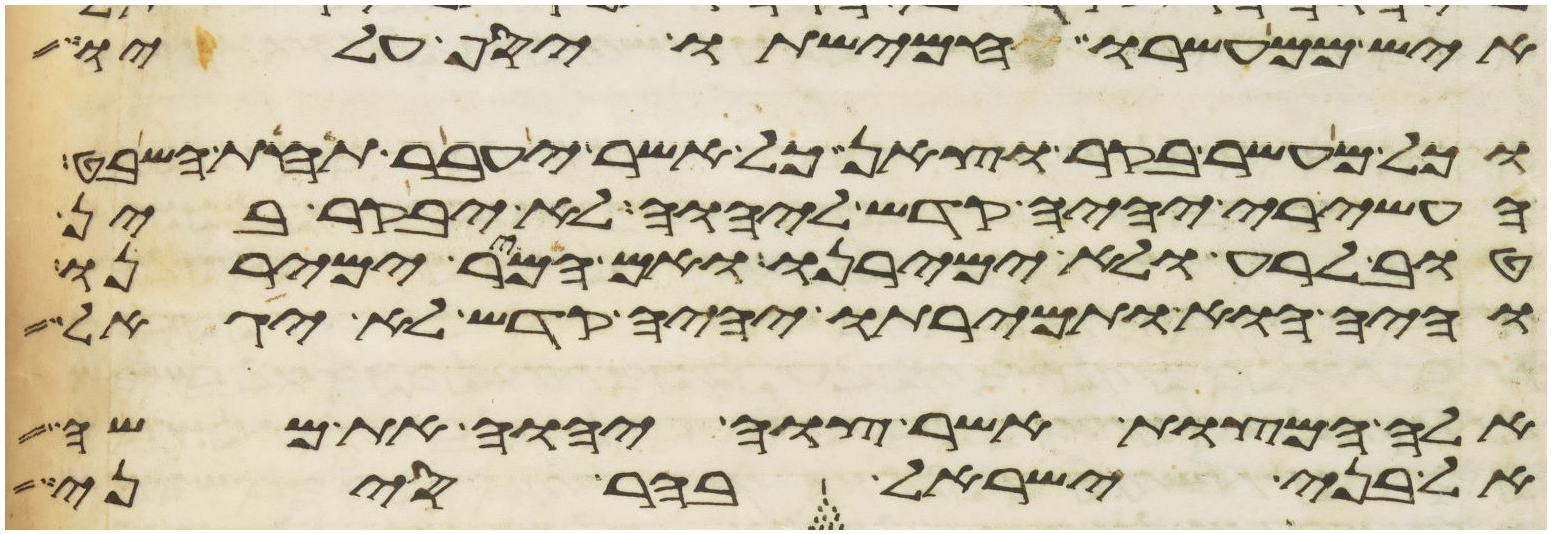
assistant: איש ממעשרו חמישתו יסף עליו
וכל מעשר בקר וצאן כל אשר יעבר תחת השבט
העשירי יהיה קדש ליהוה לא יבקר בין
טוב לרע ולא ימירנו ואם המר ימירנו
והיה הוא ותמירתו יהיה קדש לא יגאל
אלה המצות אשר צוה יהוה את משה
אל בני ישראל בהר סיני